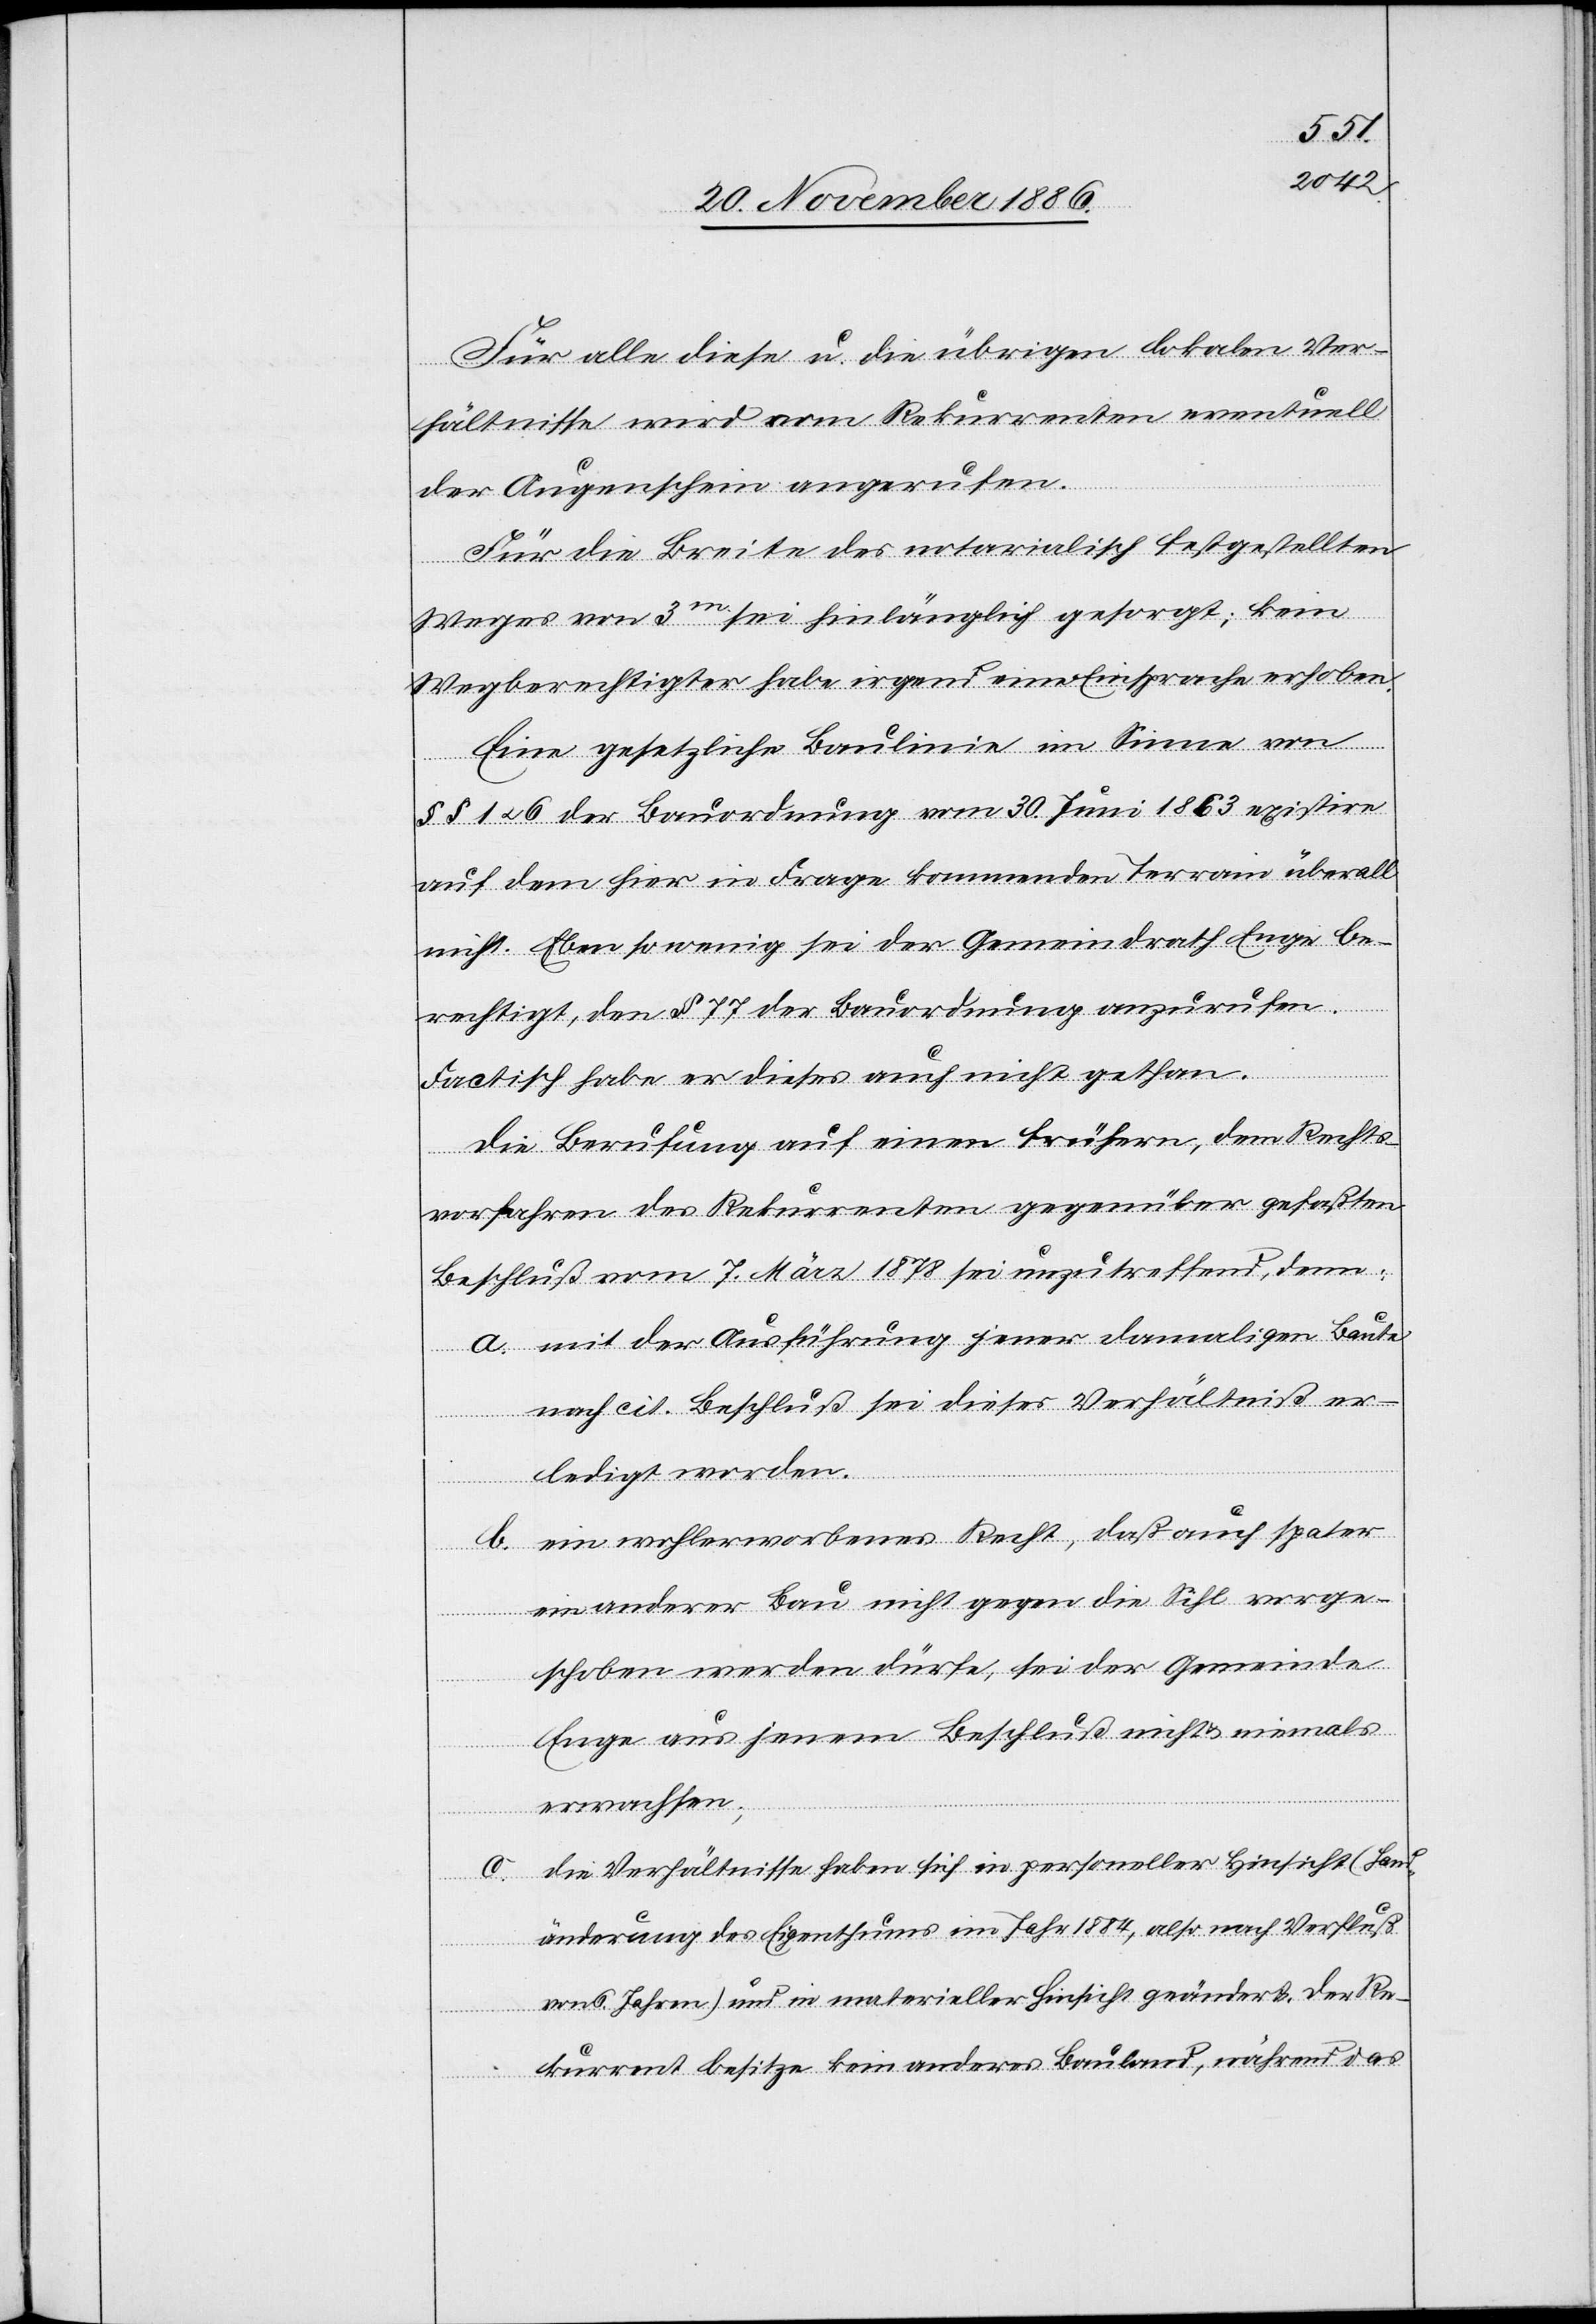
Für alle diese u. die übrigen lokalen Ver¬
hältnisse wird vom Rekurrenten eventuell
der Augenschein angerufen.
Für die Breite des notarialisch festgestellten
Weges von 3m sei hinlänglich gesorgt; kein
Wegberechtigter habe irgend eine Einsprache erhoben.
Eine gesetzliche Baulinie im Sinne von
§§ 1 & 6 der Bauordnung vom 30. Juni 1863 existire
auf dem hier in Frage kommenden Terrain überall
nicht. Eben so wenig sei der Gemeindrath Enge be¬
rechtigt, den § 77 der Bauordnung anzurufen.
Factisch habe er dieses auch nicht gethan.
Die Berufung auf einen frühern, dem Rechts¬
vorfahren des Rekurrenten gegenüber gefaßten
Beschluß vom 7. März 1878 sei unzutreffend, denn:
a. mit der Ausführung jener damaligen Baute
nach cit. Beschluß sei dieses Verhältniß er¬
ledigt worden.
b. ein wohlerworbenes Recht, daß auch spater
ein anderer Bau nicht gegen die Sihl vorge¬
schoben werden dürfe, sei der Gemeinde
Enge aus jenem Beschluß nicht & niemals
erwachsen;
die Verhältnisse haben sich in personeller Hinsicht (Hand¬
änderung des Eigenthums im Jahr 1884, also nach Verfluß
von 6 Jahren) und in materieller Hinsicht geändert. Der Re¬
kurrent besitze kein anderes Bauland, während das